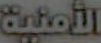
الأمنية